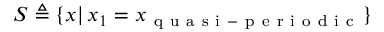
S \triangleq \{ \boldsymbol { x } \vert \, x _ { 1 } = x _ { \mathrm { ~ q ~ u ~ a ~ s ~ i ~ - ~ p ~ e ~ r ~ i ~ o ~ d ~ i ~ c ~ } } \}